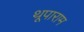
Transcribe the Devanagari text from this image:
थूपाराम